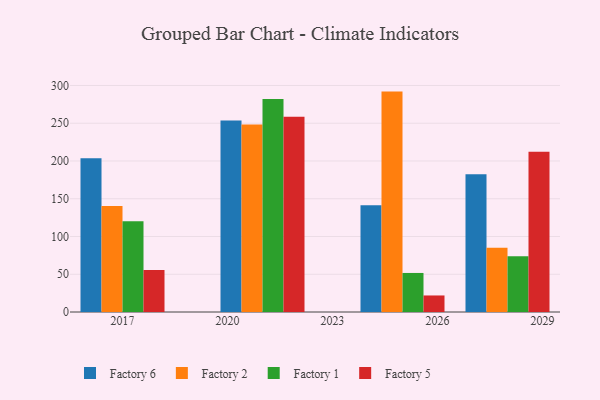
{"axis": {"x": "Year", "y": "Inventory Turnover"}, "legend": ["Factory 1", "Factory 2", "Factory 5", "Factory 6"], "data": [{"x": "2021", "y": 253.5, "type": "Factory 6"}, {"x": "2021", "y": 248.4, "type": "Factory 2"}, {"x": "2021", "y": 282.1, "type": "Factory 1"}, {"x": "2021", "y": 258.5, "type": "Factory 5"}, {"x": "2017", "y": 203.5, "type": "Factory 6"}, {"x": "2017", "y": 140.3, "type": "Factory 2"}, {"x": "2017", "y": 120.3, "type": "Factory 1"}, {"x": "2017", "y": 55.7, "type": "Factory 5"}, {"x": "2025", "y": 141.4, "type": "Factory 6"}, {"x": "2025", "y": 291.9, "type": "Factory 2"}, {"x": "2025", "y": 51.7, "type": "Factory 1"}, {"x": "2025", "y": 21.9, "type": "Factory 5"}, {"x": "2028", "y": 182.5, "type": "Factory 6"}, {"x": "2028", "y": 85.0, "type": "Factory 2"}, {"x": "2028", "y": 74.0, "type": "Factory 1"}, {"x": "2028", "y": 212.3, "type": "Factory 5"}]}